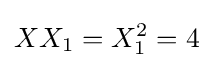
XX_{1}=X_{1}^{2}=4